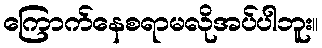
ကြောက်နေစရာမလိုအပ်ပါဘူး။